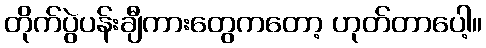
တိုက်ပွဲပန်းချီကားတွေကတော့ ဟုတ်တာပေါ့။